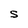
Character: S